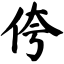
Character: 侉